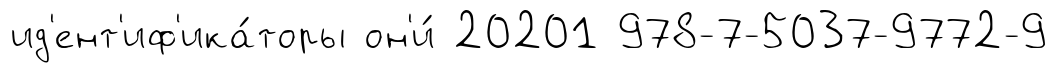
ид'ент'иф'ика́торы он'и́ 20201 978-7-5037-9772-9